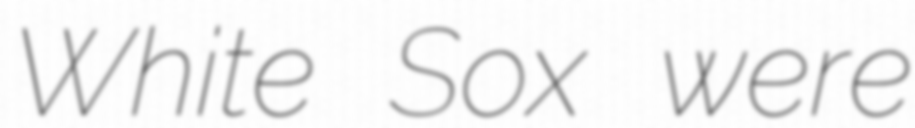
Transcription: White Sox were